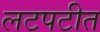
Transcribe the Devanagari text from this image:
लटपटीत